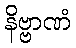
နိဗ္ဗာဏံ